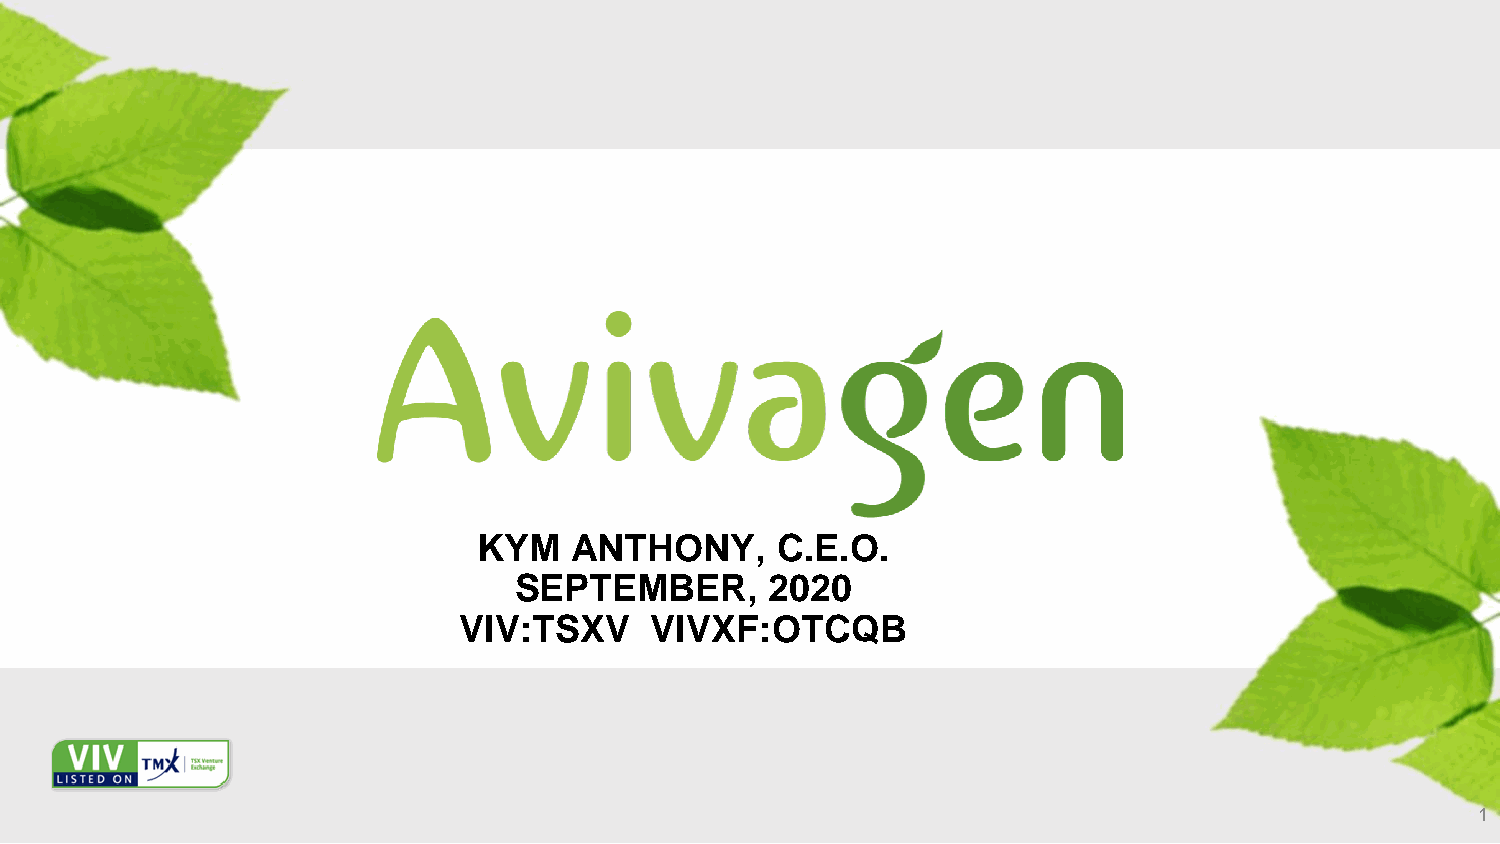
KYM   ANTHONY,     C.E.O.
 SEPTEMBER,       2020
 VIV:TSXV     VIVXF:OTCQB
 1